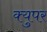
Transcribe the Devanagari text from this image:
क्युपर